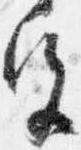
宮